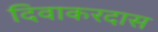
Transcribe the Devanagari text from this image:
दिवाकरदास